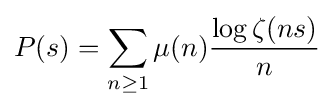
P(s)=\sum _{n\geq 1}\mu (n){\frac {\log \zeta (ns)}{n}}